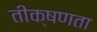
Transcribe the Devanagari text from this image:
तीक्षणता